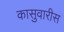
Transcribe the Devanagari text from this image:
कासुवारीस